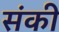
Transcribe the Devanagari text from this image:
संकी